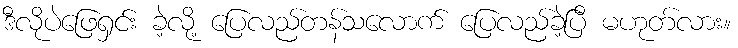
ဒီလိုပဲဖြေရှင်း ခဲ့လို့ ပြေလည်တန်သလောက် ပြေလည်ခဲ့ပြီ မဟုတ်လား။